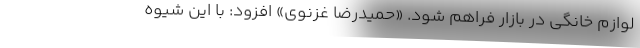
لوازم خانگی در بازار فراهم شود. «حمیدرضا غزنوی» افزود: با این شیوه